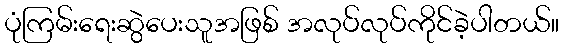
ပုံကြမ်းရေးဆွဲပေးသူအဖြစ် အလုပ်လုပ်ကိုင်ခဲ့ပါတယ်။